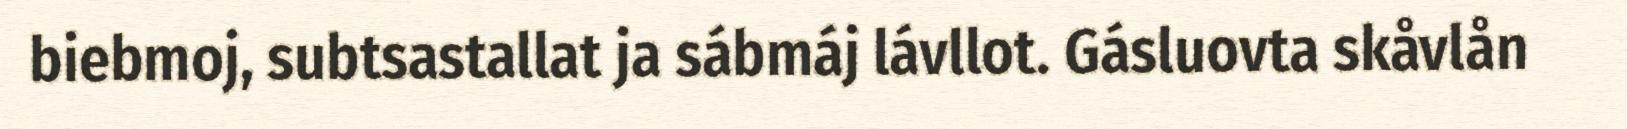
biebmoj, subtsastallat ja sábmáj lávllot. Gásluovta skåvlån